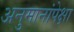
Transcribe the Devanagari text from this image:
अनुमानांपेक्षा